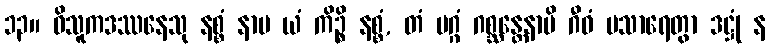
၁၃။ ဝိသူကဒဿနေသု နစ္စံ နာမ ယံ ကိဉ္စိ နစ္စံ, တံ မဂ္ဂံ ဂစ္ဆန္တေနာပိ ဂီဝံ ပသာရေတွာ ဒဋ္ဌုံ န